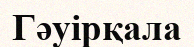
Гәуірқала